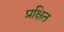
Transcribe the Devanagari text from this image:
प्रक्षित